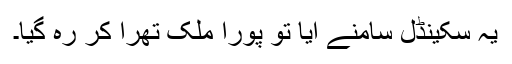
یہ سکینڈل سامنے آیا تو پورا ملک تّھرا کر رہ گیا۔